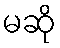
မဆို